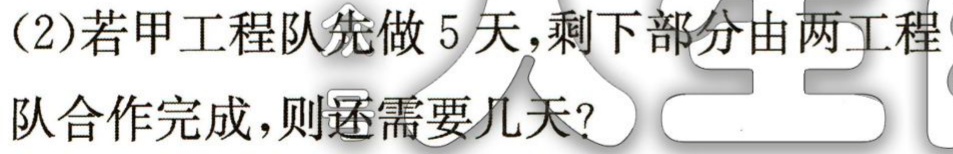
(2)若甲工程队先做5天,剩下部分由两工程

队合作完成,则还需要几天?